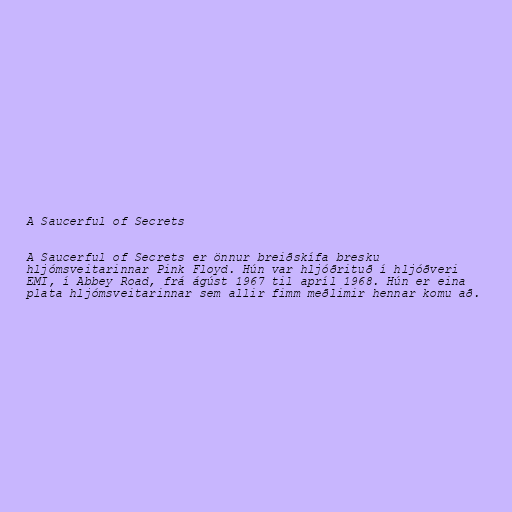
A Saucerful of Secrets

A Saucerful of Secrets er önnur breiðskífa bresku
hljómsveitarinnar Pink Floyd. Hún var hljóðrituð í hljóðveri
EMI, í Abbey Road, frá ágúst 1967 til apríl 1968. Hún er eina
plata hljómsveitarinnar sem allir fimm meðlimir hennar komu að.